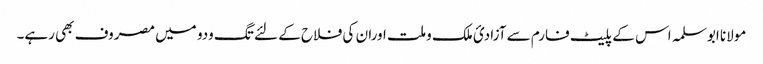
مولانا ابوسلمہ اس کے پلیٹ فارم سے آزادیٴ ملک وملت اوران کی فلاح کے لئے تگ ودو میں مصروف بھی رہے۔